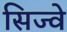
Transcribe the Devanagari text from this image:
सिज्वे